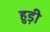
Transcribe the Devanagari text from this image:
हुड़ी